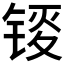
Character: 𫓸